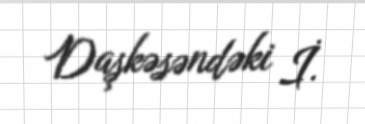
Daşkəsəndəki İ.